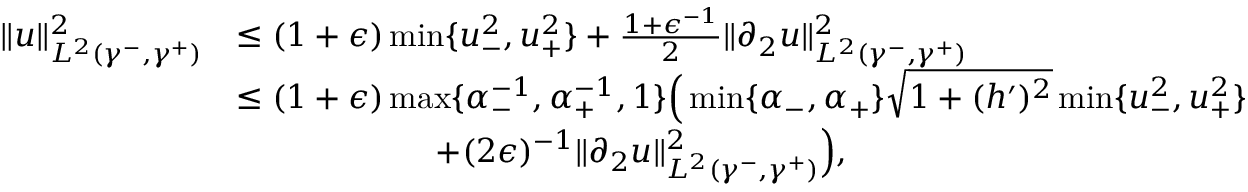
\begin{array} { r l } { \| u \| _ { L ^ { 2 } ( \gamma ^ { - } , \gamma ^ { + } ) } ^ { 2 } } & { \leq ( 1 + \epsilon ) \operatorname* { m i n } \lbrace u _ { - } ^ { 2 } , u _ { + } ^ { 2 } \rbrace + \frac { 1 + \epsilon ^ { - 1 } } { 2 } \| \partial _ { 2 } u \| _ { L ^ { 2 } ( \gamma ^ { - } , \gamma ^ { + } ) } ^ { 2 } } \\ & { \leq ( 1 + \epsilon ) \operatorname* { m a x } \lbrace \alpha _ { - } ^ { - 1 } , \alpha _ { + } ^ { - 1 } , 1 \rbrace \Big ( \operatorname* { m i n } \lbrace \alpha _ { - } , \alpha _ { + } \rbrace \sqrt { 1 + ( h ^ { \prime } ) ^ { 2 } } \operatorname* { m i n } \lbrace u _ { - } ^ { 2 } , u _ { + } ^ { 2 } \rbrace } \\ & { \qquad \qquad \qquad + ( 2 \epsilon ) ^ { - 1 } \| \partial _ { 2 } u \| _ { L ^ { 2 } ( \gamma ^ { - } , \gamma ^ { + } ) } ^ { 2 } \Big ) , } \end{array}